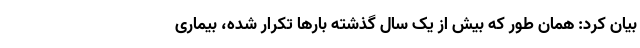
بیان کرد: همان طور که بیش از یک سال گذشته بارها تکرار شده، بیماری